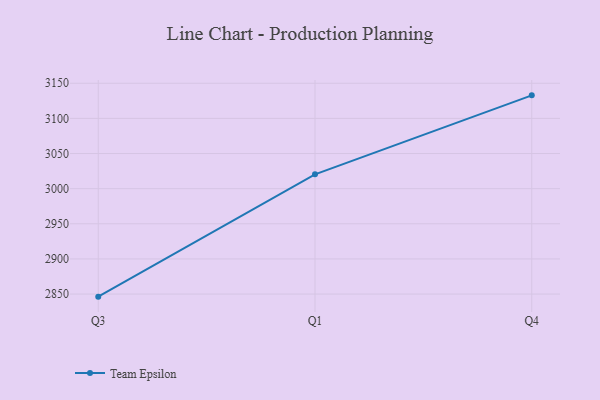
{"axis": {"x": "Quarter", "y": "Energy Usage (MWh)"}, "legend": ["Team Epsilon"], "data": [{"x": "Q3", "y": 2846.3, "type": "Team Epsilon"}, {"x": "Q1", "y": 3020.4, "type": "Team Epsilon"}, {"x": "Q4", "y": 3132.8, "type": "Team Epsilon"}]}